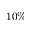
1 0 \%